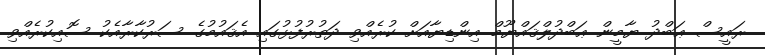
ރައީސް ޢަބްދު ޔާމީން ޢަބްދުލްޤައްޔޫމް އިންޑިޔާއަށް ކުރެއްވި ދަތުރުފުޅުގައި އެޤައުމުގެ ސަރުކާރާއެކު ސޮއިކުރެއްވި